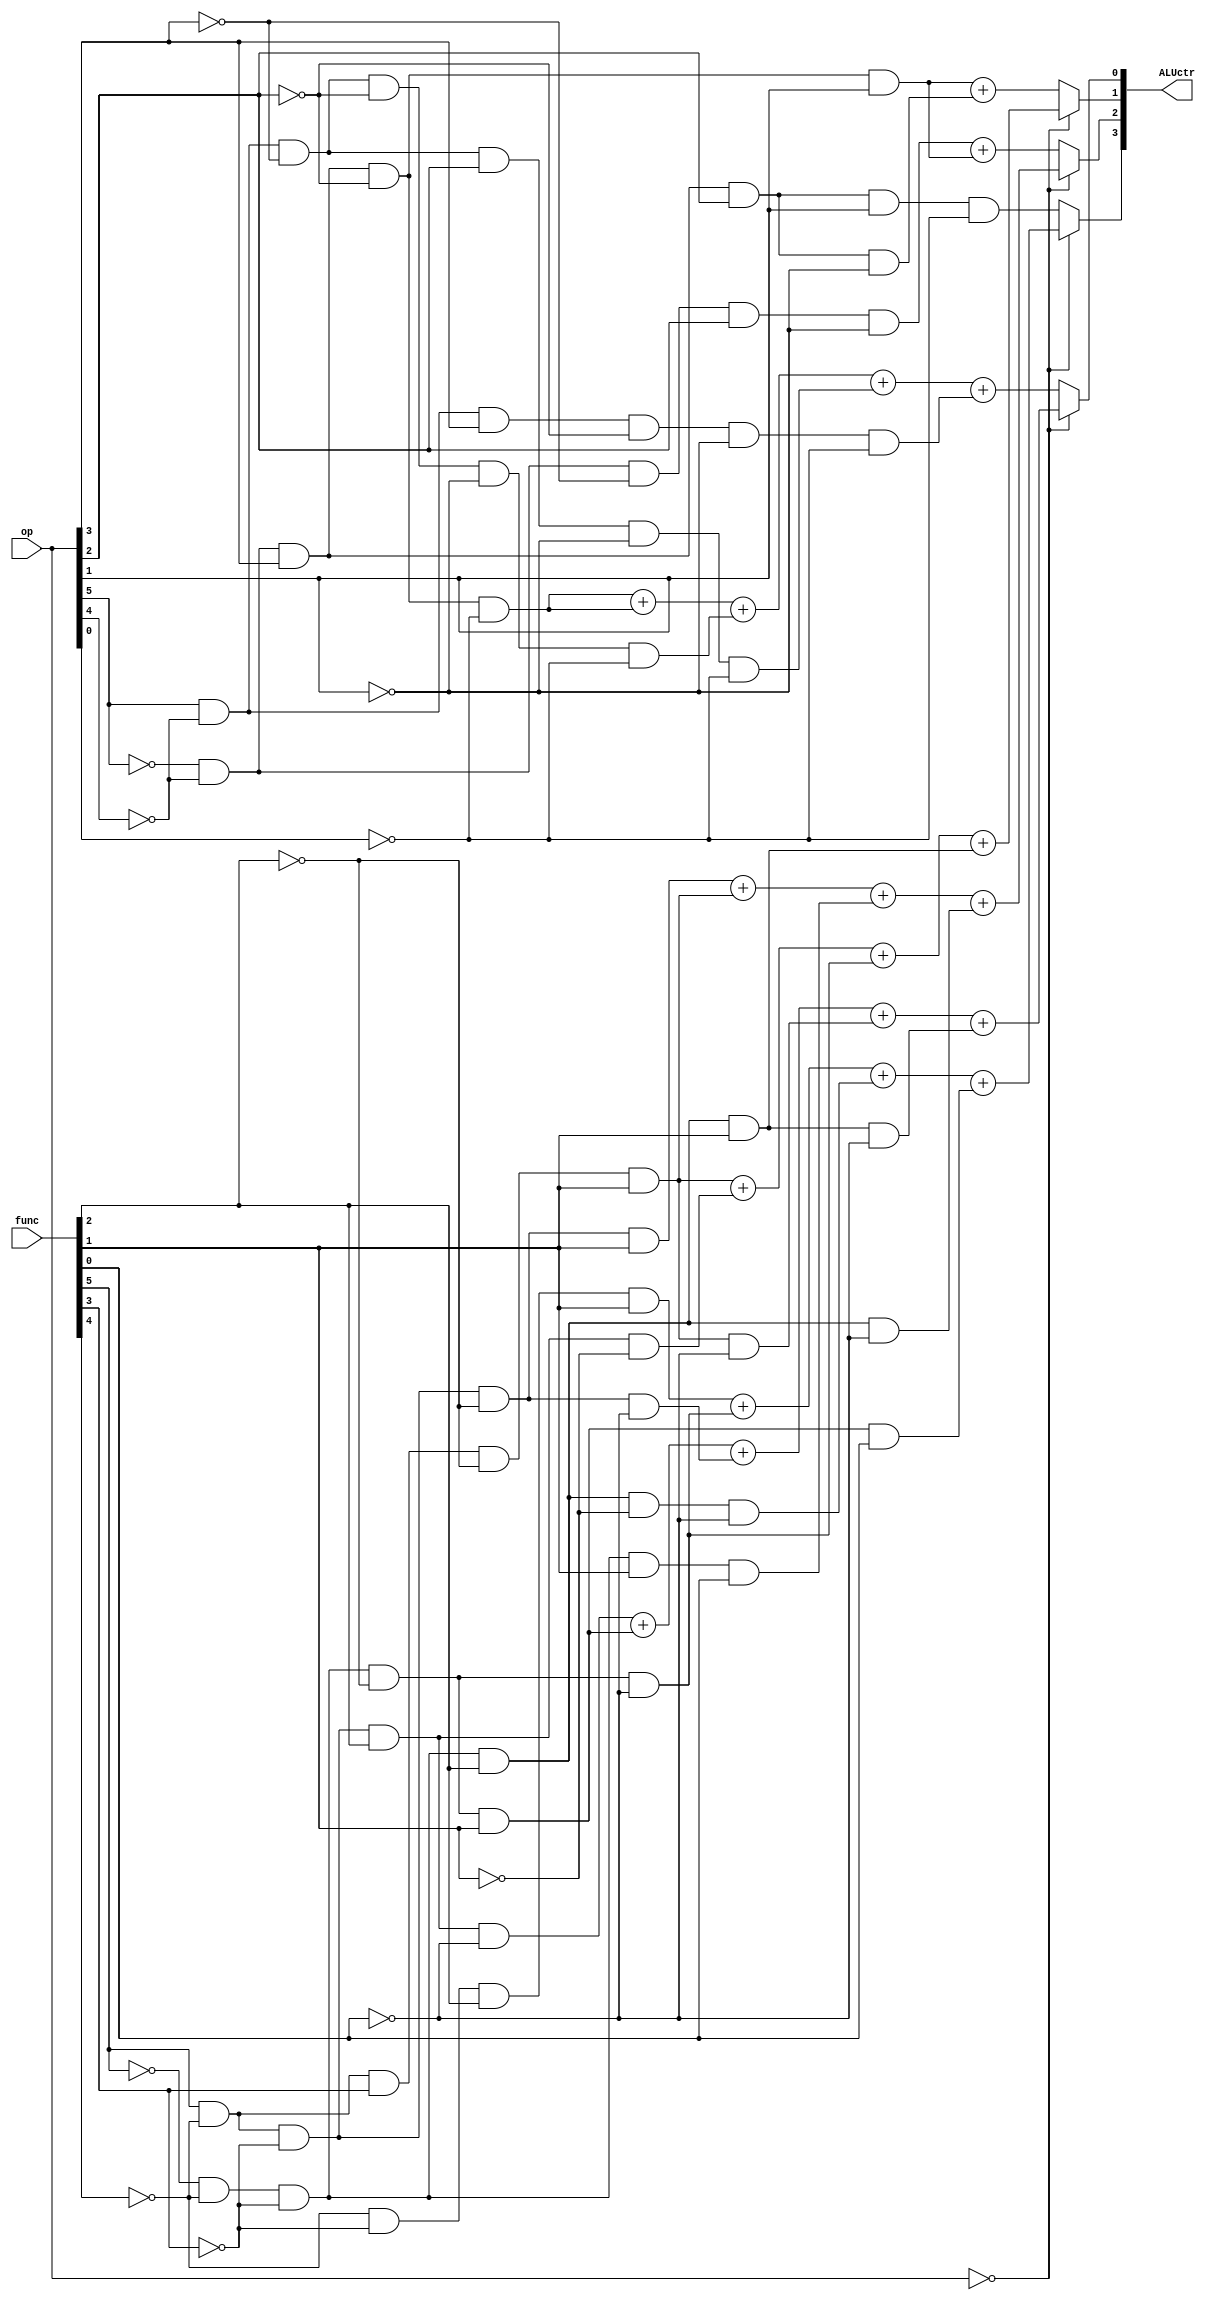
module ALUctrl( op, func, ALUctr);

input [5:0]op;
input [5:0]func;
output reg [3:0]ALUctr;

parameter R = 6'b000000;

always @(*)begin
    
    case(op)
    R:begin
    //P168
        ALUctr[3]=(!func[4]&!func[3]&func[2]&func[1])+(!func[5]&!func[4]&!func[3]&!func[2]&!func[0])+(!func[5]&!func[4]&!func[3]&func[2]&!func[1]&!func[0])+(!func[5]&!func[4]&!func[3]&!func[2]&func[1]&func[0]);
        ALUctr[2]=(func[5]&!func[4]&!func[3]&!func[2]&func[1])+(func[5]&!func[4]&func[3]&!func[2]&func[1])+(!func[5]&!func[4]&!func[3]&func[1]&func[0])+(!func[5]&!func[4]&!func[3]&func[2]&!func[0]);
        ALUctr[1]=(func[5]&!func[4]&func[3]&!func[2]&func[1])+(func[5]&!func[4]&!func[3]&func[2]&!func[1])+(!func[5]&!func[4]&!func[3]&!func[2]&!func[0])+(!func[5]&!func[4]&!func[3]&func[2]&func[1]);
        ALUctr[0]=(func[5]&!func[4]&!func[3]&func[2]&!func[0])+(!func[5]&!func[4]&!func[3]&!func[2]&func[1])+(func[5]&!func[4]&!func[3]&!func[2]&!func[0])+(func[5]&!func[4]&func[3]&!func[2]&func[1]&!func[0])+(!func[5]&!func[4]&!func[3]&func[2]&func[1]&!func[0]);
        //{!func[2]&func[1],(func[3]&!func[2]&func[1])+(!func[3]&func[2]&!func[1]),(!func[3]&!func[1]&!func[0])+(!func[2]&func[1]&!func[0])};
    end

    default:begin
    //P167
        ALUctr[3]=!op[5]&!op[4]&op[3]&op[2]&op[1]&!op[0];
        ALUctr[2]=(!op[5]&!op[4]&!op[3]&op[2]&!op[1])+(!op[5]&!op[4]&op[3]&!op[2]&op[1]);
        ALUctr[1]=(!op[5]&!op[4]&op[3]&!op[2]&op[1])+(!op[5]&!op[4]&op[3]&op[2]&!op[1]);
        ALUctr[0]=(!op[5]&!op[4]&op[3]&!op[2]&!op[0])+(!op[5]&!op[4]&op[3]&!op[2]&!op[0])
               +(op[5]&!op[4]&!op[3]&!op[2]&!op[1]&!op[0])
                +(op[5]&!op[4]&!op[3]&op[2]&!op[1]&!op[0])
                +(op[5]&!op[4]&op[3]&!op[2]&!op[1]&!op[0]);
        //ALUctr[3:0] = {1'b0,!op[5]&!op[4]&!op[3]&op[2]&!op[1]&!op[0],!op[5]&!op[4]&op[3]&op[2]&!op[1]&op[0],(!op[5]&!op[4]&!op[3]&!op[2]&!op[1]&!op[0])+(!op[5]&!op[4]&op[3]&!op[2]&!op[1]&!op[0])};
    end
    endcase

end

endmodule